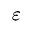
\varepsilon